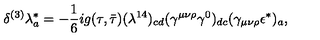
{ \delta ^ { ( 3 ) } \lambda _ { a } ^ { * } = - { \frac { 1 } { 6 } } i g ( \tau , \bar { \tau } ) ( \lambda ^ { 1 4 } ) _ { c d } ( \gamma ^ { \mu \nu \rho } \gamma ^ { 0 } ) _ { d c } ( \gamma _ { \mu \nu \rho } \epsilon ^ { * } ) _ { a } , }